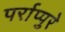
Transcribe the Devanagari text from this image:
पर्राप्पुरे